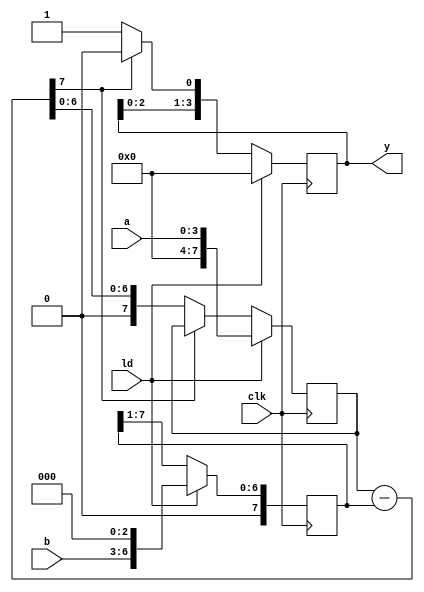
`timescale 1ns/1ns

module div(clk, ld, a, b, y);
	input        clk; /*  */
	input        ld;  /*  */
	input  [3:0] a;   /* () */
	input  [3:0] b;   /*  */
	output [3:0] y;   /*  */
	
	reg [7:0] ra; /*  */
	reg [7:0] rb; /*  */
	reg [3:0] ry; /*  */
	
	wire [7:0] sub = ra - rb;
		
	/*  */
	always@(posedge clk) begin
		if(ld == 1'b1) begin
			ra <= {4'b0000, a};
		end else if(sub[7] == 1'b0) begin
			ra <= sub;
		end
	end
	
	/*  */
	always@(posedge clk) begin
		if(ld == 1'b1) begin
			rb <= {1'b0, b, 3'b000};
		end else begin
			rb <= {1'b0, rb[7:1]};
		end
	end
	
	/*  */
	always@(posedge clk) begin
		if(ld == 1'b1) begin
			ry <= 4'b0000;
		end else if(sub[7] == 1'b0) begin
			ry <= {ry[2:0], 1'b1};
		end else begin
			ry <= {ry[2:0], 1'b0};
		end
	end
	
	assign y = ry;
	
endmodule